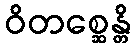
ဝိတစ္ဆေန္တိ